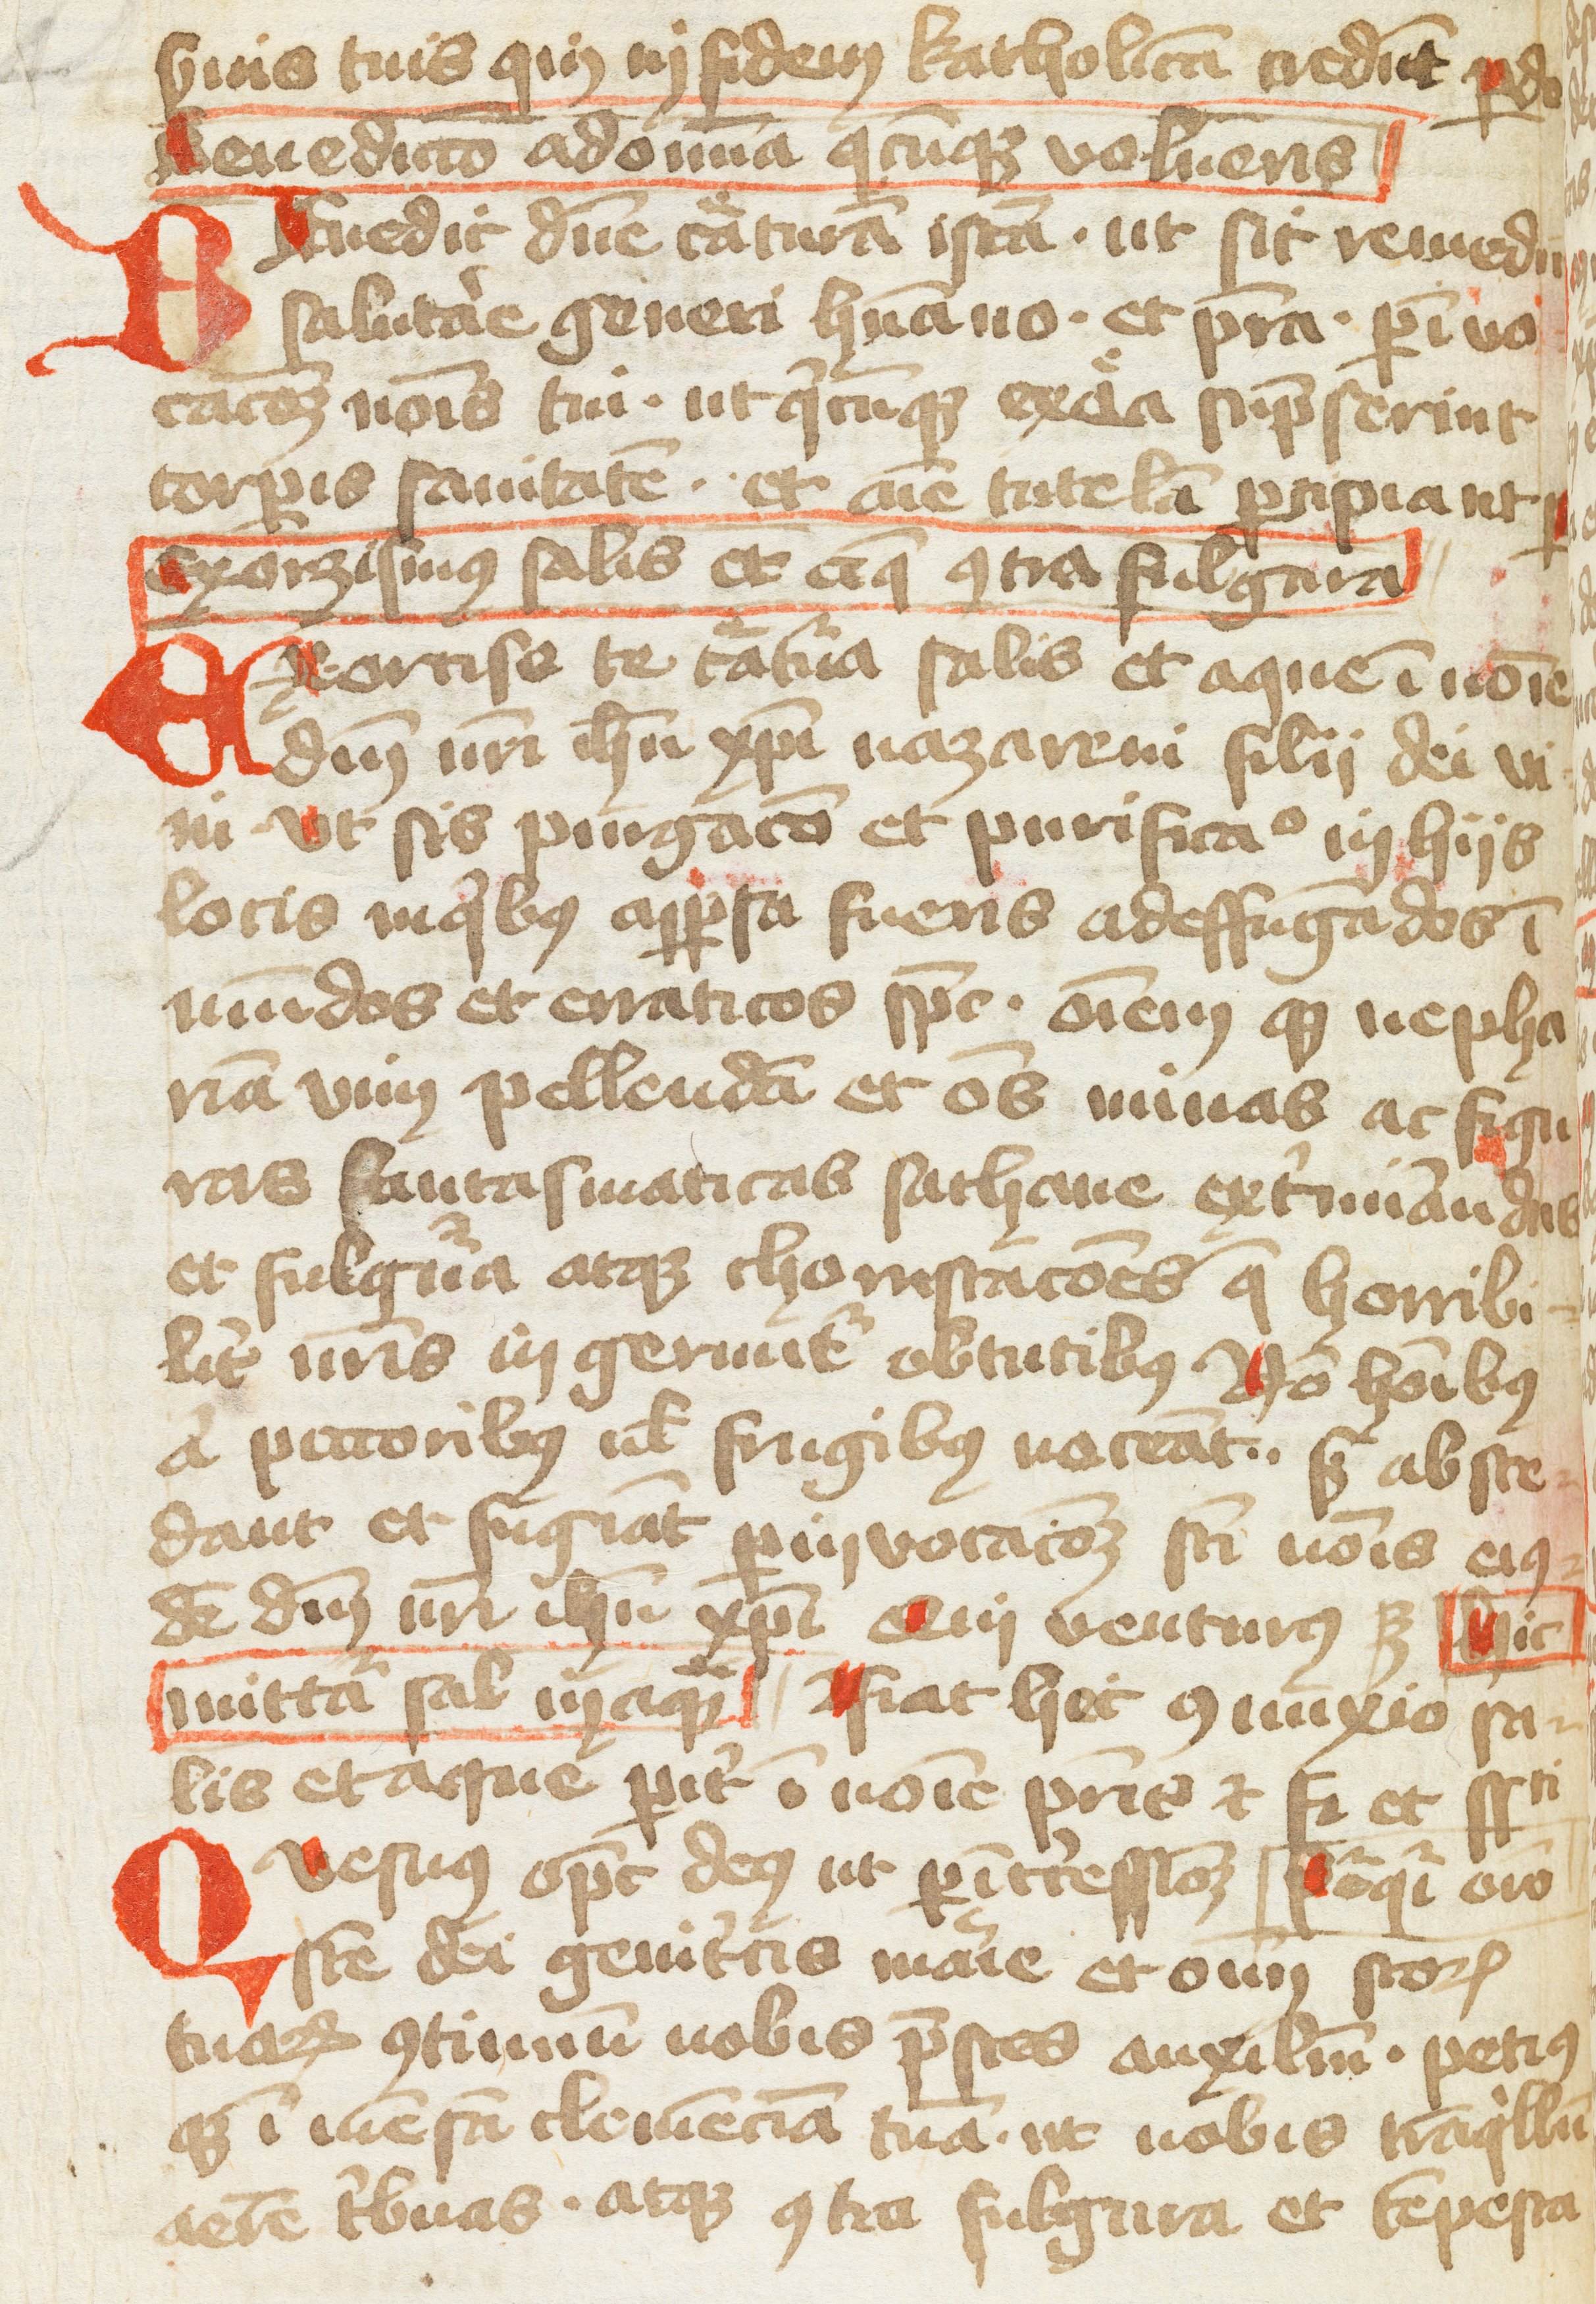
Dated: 1400–1499